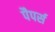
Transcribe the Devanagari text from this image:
पैपर्स